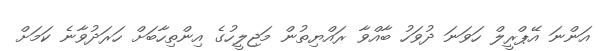
އަންނަ އޭޕްރީލް ހަވަނަ ދުވަހު ބާއްވާ ރައްޔިތުން މަޖިލީހުގެ އިންތިހާބަށް ހަރަދުވާނެ ކަމަށް